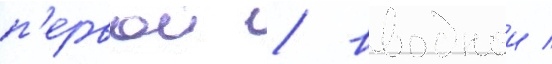
п'ервои / вводнои /